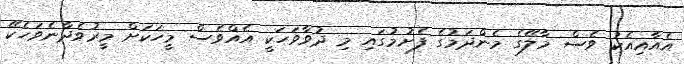
އެއާއިއެކު ވެސް މާލޭގެ މެންދަމުގެ ފެށުމުގައި މި ދުވާވަހަކީ އެއްވެސް މީހަކަށް މީރުވެދާނެވަހެކޭ